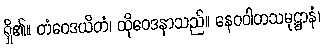
ရှိ၏။ တံဝေဒယိတံ၊ ထိုဝေဒနာသည်။ နေဝဝါတသမုဋ္ဌာနံ၊